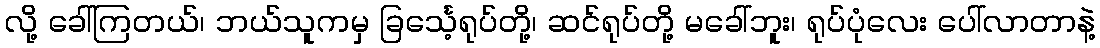
လို့ ခေါ်ကြတယ်၊ ဘယ်သူကမှ ခြင်္သေ့ရုပ်တို့၊ ဆင်ရုပ်တို့ မခေါ်ဘူး၊ ရုပ်ပုံလေး ပေါ်လာတာနဲ့